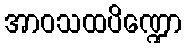
အာဝသထပိဏ္ဍော